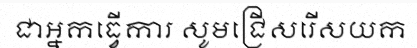
ជាអ្នកធ្វើការ សូមជ្រើសរើសយក